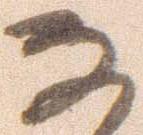
な